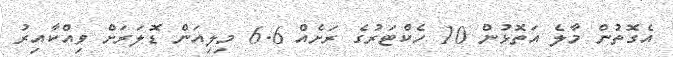
އެގޮތުން މާލެ އަތޮޅުން 10 ހެކްޓަރުގެ ރަށެއް 6.6 މިލިއަން ޑޮލަރަށް ވިއްކާއިރު